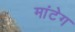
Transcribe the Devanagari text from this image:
मांटेग